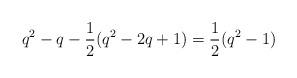
LaTeX: \begin{align*} q^2-q-\frac{1}{2}(q^2-2q+1) = \frac{1}{2}(q^2-1)\end{align*}